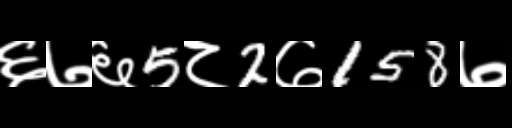
Text: ६७६5८2७158७